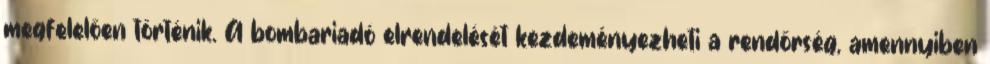
megfelelően történik. A bombariadó elrendelését kezdeményezheti a rendőrség, amennyiben